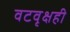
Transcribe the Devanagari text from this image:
वटवृक्षही